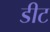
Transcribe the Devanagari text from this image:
डीट